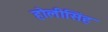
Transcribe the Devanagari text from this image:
होलीसिंह